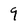
Character: 9